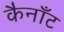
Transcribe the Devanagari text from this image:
कैनाँट